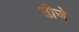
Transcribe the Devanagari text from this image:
तीजे